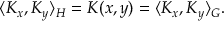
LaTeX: \langle K _ { x } , K _ { y } \rangle _ { H } = K ( x , y ) = \langle K _ { x } , K _ { y } \rangle _ { G } .